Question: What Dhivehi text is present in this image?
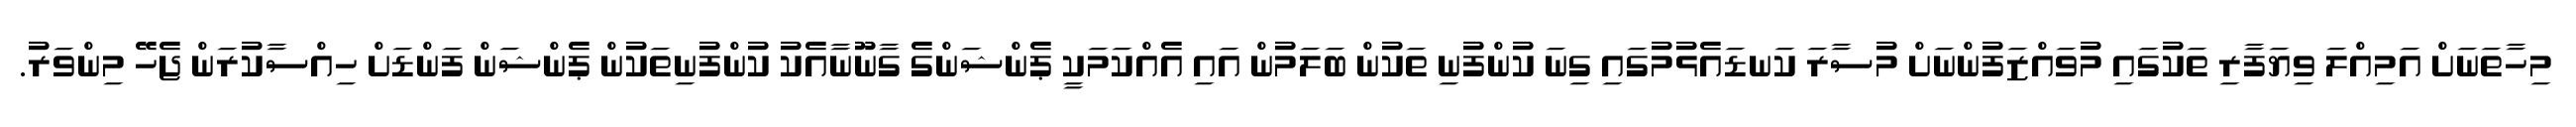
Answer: މިހާތަނަށް އަމިއްލަ ވިޔަފާރި ތަކުގައި މުވައްޒަފުންނަށް މުސާރަ ކަނޑައެޅުމުގައި ގިނަ ކުންފުނި ތަކުން ބަލަމުން އައި އެއްކަމަކީ ޕެންޝަންގެ ގާނޫނާއެކު ކުންފުނިތަކުން ޕެންޝަން ފަންޑަށް ހިއްސާކުރަން ޖެހޭ މިންވަރު.